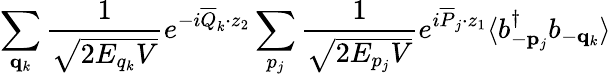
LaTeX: \sum_{{\mathbf q}_{k}}\frac{1}{\sqrt{2E_{q_{k}}V}}e^{-i\overline{{{Q}}}_{k}\cdot z_{2}}\sum_{p_{j}}\frac{1}{\sqrt{2E_{p_{j}}V}}e^{i\overline{{{P}}}_{j}\cdot z_{1}}\langle b_{-{\mathbf p}_{j}}^{\dagger}b_{-{\mathbf q}_{k}}\rangle